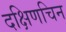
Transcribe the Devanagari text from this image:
दक्षिणचिन